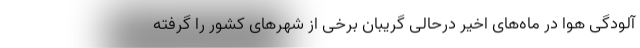
آلودگی هوا در ماه‌های اخیر درحالی گریبان برخی از شهرهای کشور را گرفته